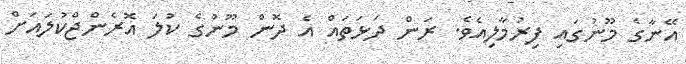
އޭނާގެ މޫނުގައި ފިރުމާލިއެވެ. ރަން ދަޅަތައް އެ ދޮން މޫނުގެ ކުލަ އޮރެންޖްކުލައަށް